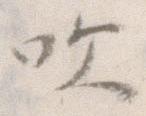
吹